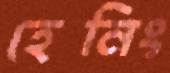
হেনিং